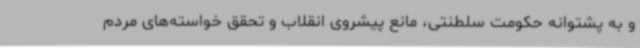
و به پشتوانه حکومت سلطنتی، مانع پیشروی انقلاب و تحقق خواسته‌های مردم